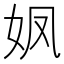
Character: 𮰻